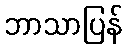
ဘာသာပြန်